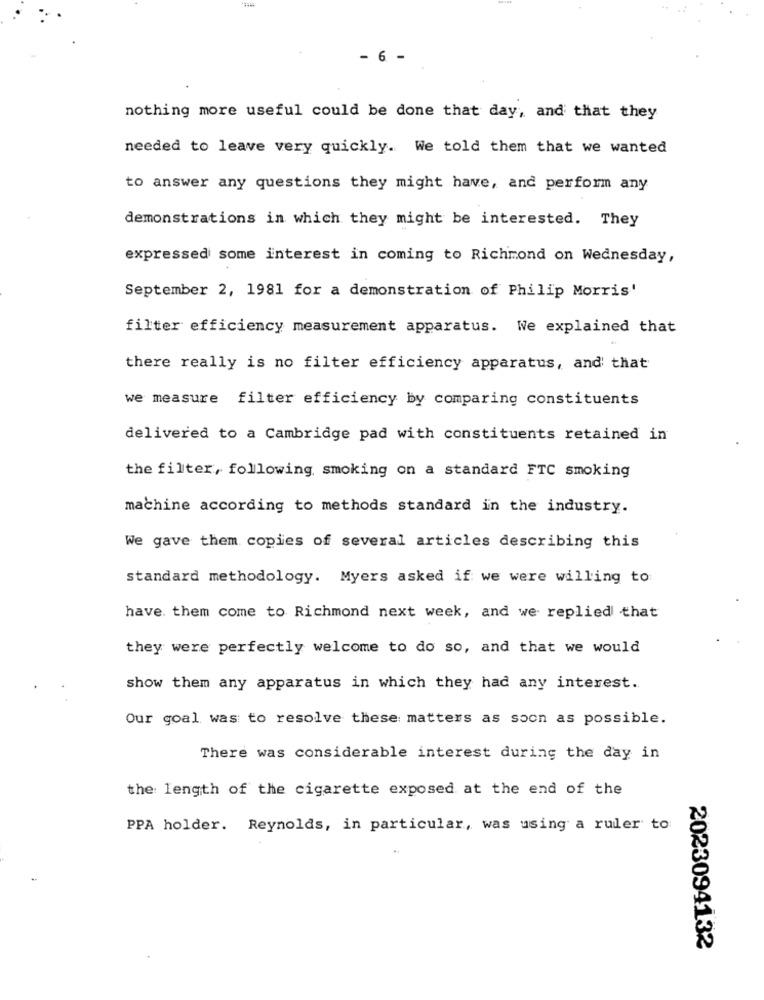
- 6 -
nothing more useful could be done that day, and that they
needed to leave very quickly. We told them that we wanted
to answer any questions they might have, and perform any
demonstrations in which they might be interested. They
expressed some interest in coming to Richmond on Wednesday,
September 2, 1981 for a demonstration of Philip Morris'
filter efficiency measurement apparatus. We explained that
there really is no filter efficiency apparatus, and' that
we measure filter efficiency by comparing constituents
delivered to a Cambridge pad with constituents retained in
the filter, following, smoking on a standard FTC smoking
machine according to methods standard in the industry.
We gave them copies of several articles describing this
standard methodology. Myers asked if we were willing to
have them come to Richmond next week, and we replied that
they were perfectly welcome to do so, and that we would
show them any apparatus in which they had any interest.
Our goal was to resolve these matters as soon as possible.
There was considerable interest during the day in
the length of the cigarette exposed at the end of the
PPA holder. Reynolds, in particular, was using a ruler to:
2023094132